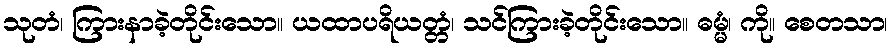
သုတံ၊ ကြားနာခဲ့တိုင်းသော။ ယထာပရိယတ္တံ၊ သင်ကြားခဲ့တိုင်းသော။ ဓမ္မံ၊ ကို။ စေတသာ၊